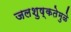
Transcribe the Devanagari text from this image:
जलशुष्कतेमुळे